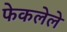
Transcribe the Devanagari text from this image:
फेकलेले